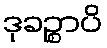
ဒုခဉ္စာပိ